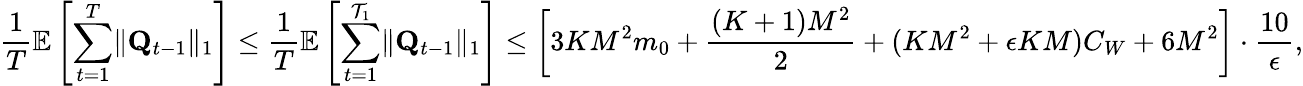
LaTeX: \frac 1T\mathbb E\left[\sum_{t=1}^{T}\lVert\mathbf Q_{t-1}\rVert_{1}\right]\le\frac 1T\mathbb E\left[\sum_{t=1}^{\mathcal T_{1}}\lVert\mathbf Q_{t-1}\rVert_{1}\right]\le\left[3KM^{2}m_{0}+\frac{(K+1)M^{2}}2+(KM^{2}+\epsilon KM)C_{W}+6M^{2}\right]\cdot\frac{10}\epsilon,